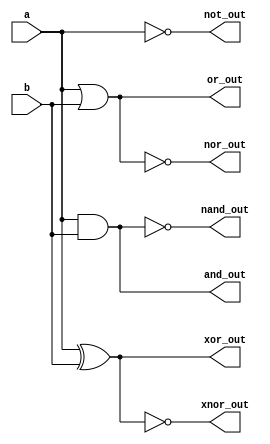
module covered_cell (
    input wire [3:0] a,      // 4-bit input
    input wire [3:0] b,      // 4-bit input
    output wire [3:0] and_out, // AND output
    output wire [3:0] or_out,  // OR output
    output wire [3:0] not_out, // NOT output (inverted a)
    output wire [3:0] nand_out, // NAND output
    output wire [3:0] nor_out,  // NOR output
    output wire [3:0] xor_out,  // XOR output
    output wire [3:0] xnor_out   // XNOR output
);

    // Propagation delay parameters (in time units)
    parameter DELAY = 5;

    // AND operation
    assign #DELAY and_out = a & b;

    // OR operation
    assign #DELAY or_out = a | b;

    // NOT operation (inverting a)
    assign #DELAY not_out = ~a;

    // NAND operation
    assign #DELAY nand_out = ~(a & b);

    // NOR operation
    assign #DELAY nor_out = ~(a | b);

    // XOR operation
    assign #DELAY xor_out = a ^ b;

    // XNOR operation
    assign #DELAY xnor_out = ~(a ^ b);

endmodule